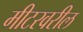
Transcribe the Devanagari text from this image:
मीटरवरील